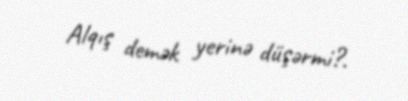
Alqış demək yerinə düşərmi?.